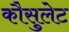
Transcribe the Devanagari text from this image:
कौसुलेट